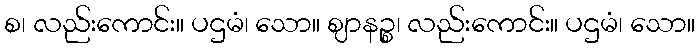
စ၊ လည်းကောင်း။ ပဌမံ၊ သော။ ဈာနဉ္စ၊ လည်းကောင်း။ ပဌမံ၊ သော။